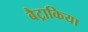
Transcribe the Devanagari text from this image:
बैट्राकिया